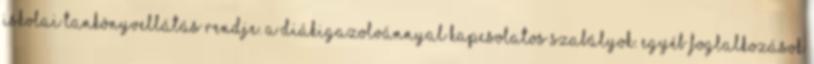
iskolai tankönyvellátás rendje. A diákigazolvánnyal kapcsolatos szabályok. Egyéb foglalkozások